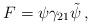
LaTeX: \begin{align*}F = \psi \gamma_{21} \tilde{\psi} \, ,\end{align*}